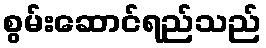
စွမ်းဆောင်ရည်သည်